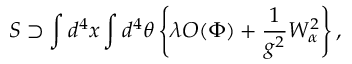
S \supset \int d ^ { 4 } x \int d ^ { 4 } \theta \left\{ \lambda { \cal O } ( \Phi ) + { \frac { 1 } { g ^ { 2 } } } W _ { \alpha } ^ { 2 } \right\} ,